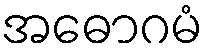
အဓောဂမံ